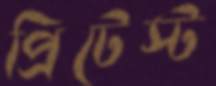
প্রিটেস্ট